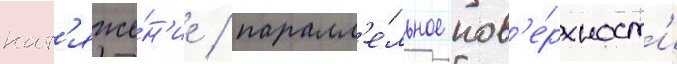
нат'яже́н'ие / паралл'е́льное пов'е́рхност'и